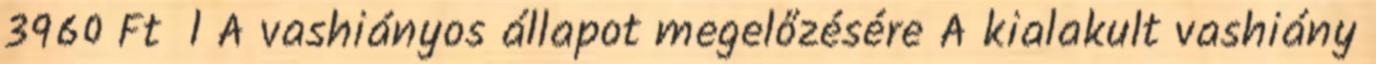
3960 Ft l A vashiányos állapot megelőzésére A kialakult vashiány